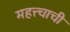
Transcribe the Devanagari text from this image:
महत्त्चाची